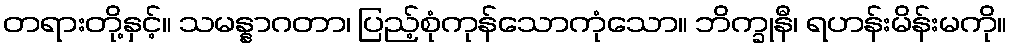
တရားတို့နှင့်။ သမန္နာဂတာ၊ ပြည့်စုံကုန်သောကုံသော။ ဘိက္ခုနီ၊ ရဟန်းမိန်းမကို။